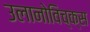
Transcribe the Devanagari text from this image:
उलानोविच्क्स